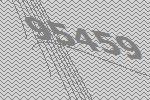
95459